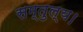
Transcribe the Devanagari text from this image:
सम्तुल्य।